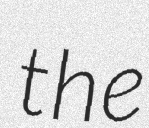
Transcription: the